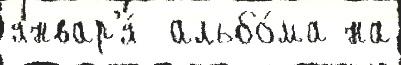
январ'я́  альбо́ма на